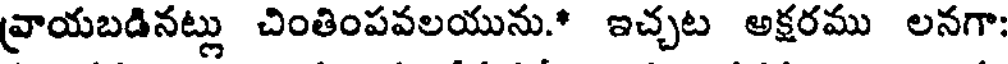
వ్రాయబడినట్లు చింతింపవలయును.* ఇచ్చట అక్షరము లనగా: